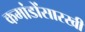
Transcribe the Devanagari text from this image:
कमांडोंसारखी